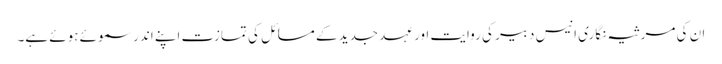
ان کی مرثیہ نگاری انیس دبیر کی روایت اور عہد جدید کے مسائل کی تمازت اپنے اندر سموئے ہوئے ہے۔